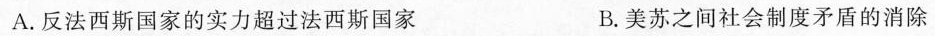
A.反法西斯国家的实力超过法西斯国家 B.美苏之间社会制度矛盾的消除